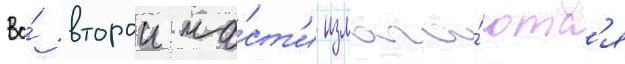
Во́ второи ча́ст'и излага́ютс'я